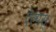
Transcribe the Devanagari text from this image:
ऐल्पस्